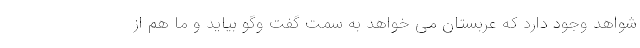
شواهد وجود دارد که عربستان می خواهد به سمت گفت وگو بیاید و ما هم از